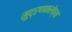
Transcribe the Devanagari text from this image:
मुद्रणकलेच्या